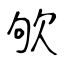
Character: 欨